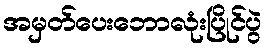
အမှတ်ပေးဘောလုံးပြိုင်ပွဲ